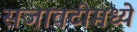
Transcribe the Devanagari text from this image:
सजावटीमध्ये